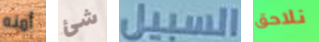
أمنه شئ السبيل نلاحق